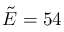
\tilde { E } = 5 4